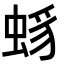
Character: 𧋈